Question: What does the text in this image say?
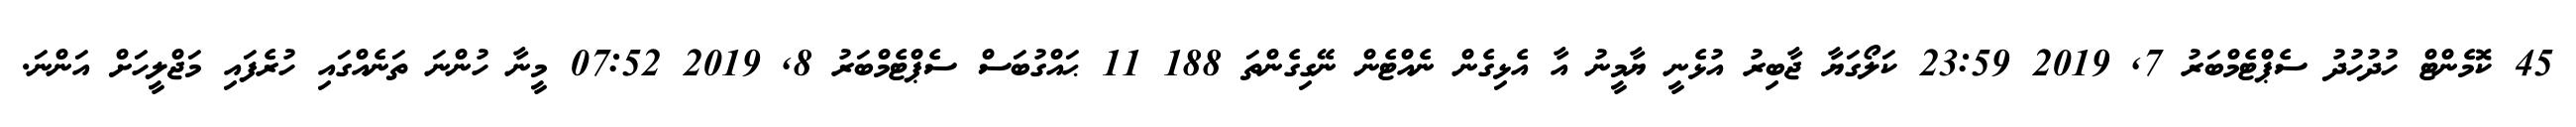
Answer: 45 ކޮމެންޓް ހުދުހުދު ސެޕްޓެމްބަރު 7, 2019 23:59 ކަލޯގަޔާ ޖާބިރު އުޅެނީ ޔާމީނު އާ އެޅިގެން ނެއްޓެން ނޭގިގެންތަ 188 11 ޙައްގުބަސް ސެޕްޓެމްބަރު 8, 2019 07:52 މީނާ ހުންނަ ތަނެއްގައި ހުރެފައި މަޖްލީހަށް އަންނަ.